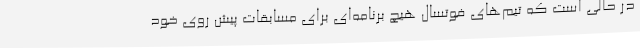
در حالی است که تیم‌های فوتسال هیچ برنامه‌ای برای مسابقات پیش روی خود